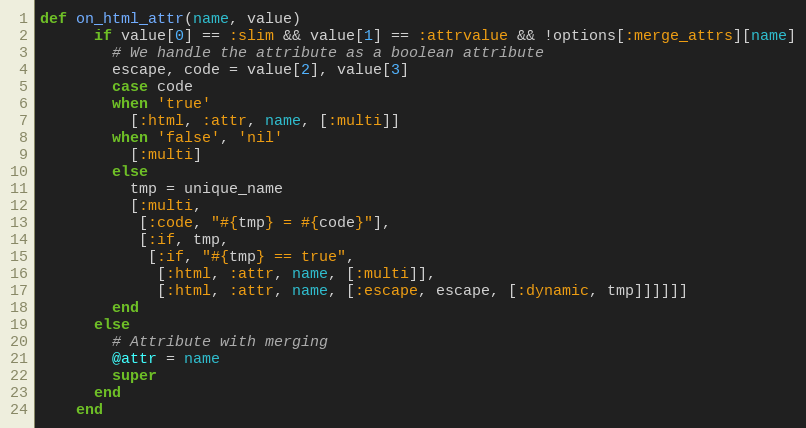
Language: Ruby
def on_html_attr(name, value)
      if value[0] == :slim && value[1] == :attrvalue && !options[:merge_attrs][name]
        # We handle the attribute as a boolean attribute
        escape, code = value[2], value[3]
        case code
        when 'true'
          [:html, :attr, name, [:multi]]
        when 'false', 'nil'
          [:multi]
        else
          tmp = unique_name
          [:multi,
           [:code, "#{tmp} = #{code}"],
           [:if, tmp,
            [:if, "#{tmp} == true",
             [:html, :attr, name, [:multi]],
             [:html, :attr, name, [:escape, escape, [:dynamic, tmp]]]]]]
        end
      else
        # Attribute with merging
        @attr = name
        super
      end
    end